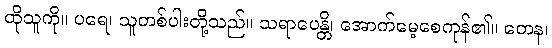
ထိုသူကို။ ပရေ၊ သူတစ်ပါးတို့သည်။ သရာပေန္တိ၊ အောက်မေ့စေကုန်၏။ တေန၊